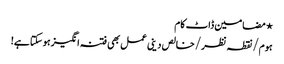
⋆ مضامین ڈاٹ کام
ہوم/نقطہ نظر/خالص دینی عمل بھی فتنہ انگیز ہوسکتا ہے!